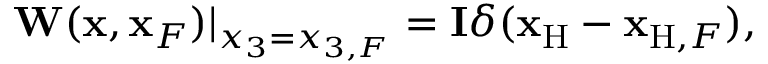
\begin{array} { r } { { \bf W } ( { \bf x } , { \bf x } _ { F } ) | _ { x _ { 3 } = { x _ { 3 , F } } } = { \bf I } \delta ( { { \bf x } _ { \mathrm { H } } } - { { \bf x } _ { \mathrm { H } , F } } ) , } \end{array}